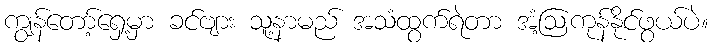
ကျွန်တော့်ရှေ့မှာ ခင်ဗျား သူ့နာမည် အသံထွက်ရဲတာ အံ့ဩကုန်နိုင်ဖွယ်ပဲ။